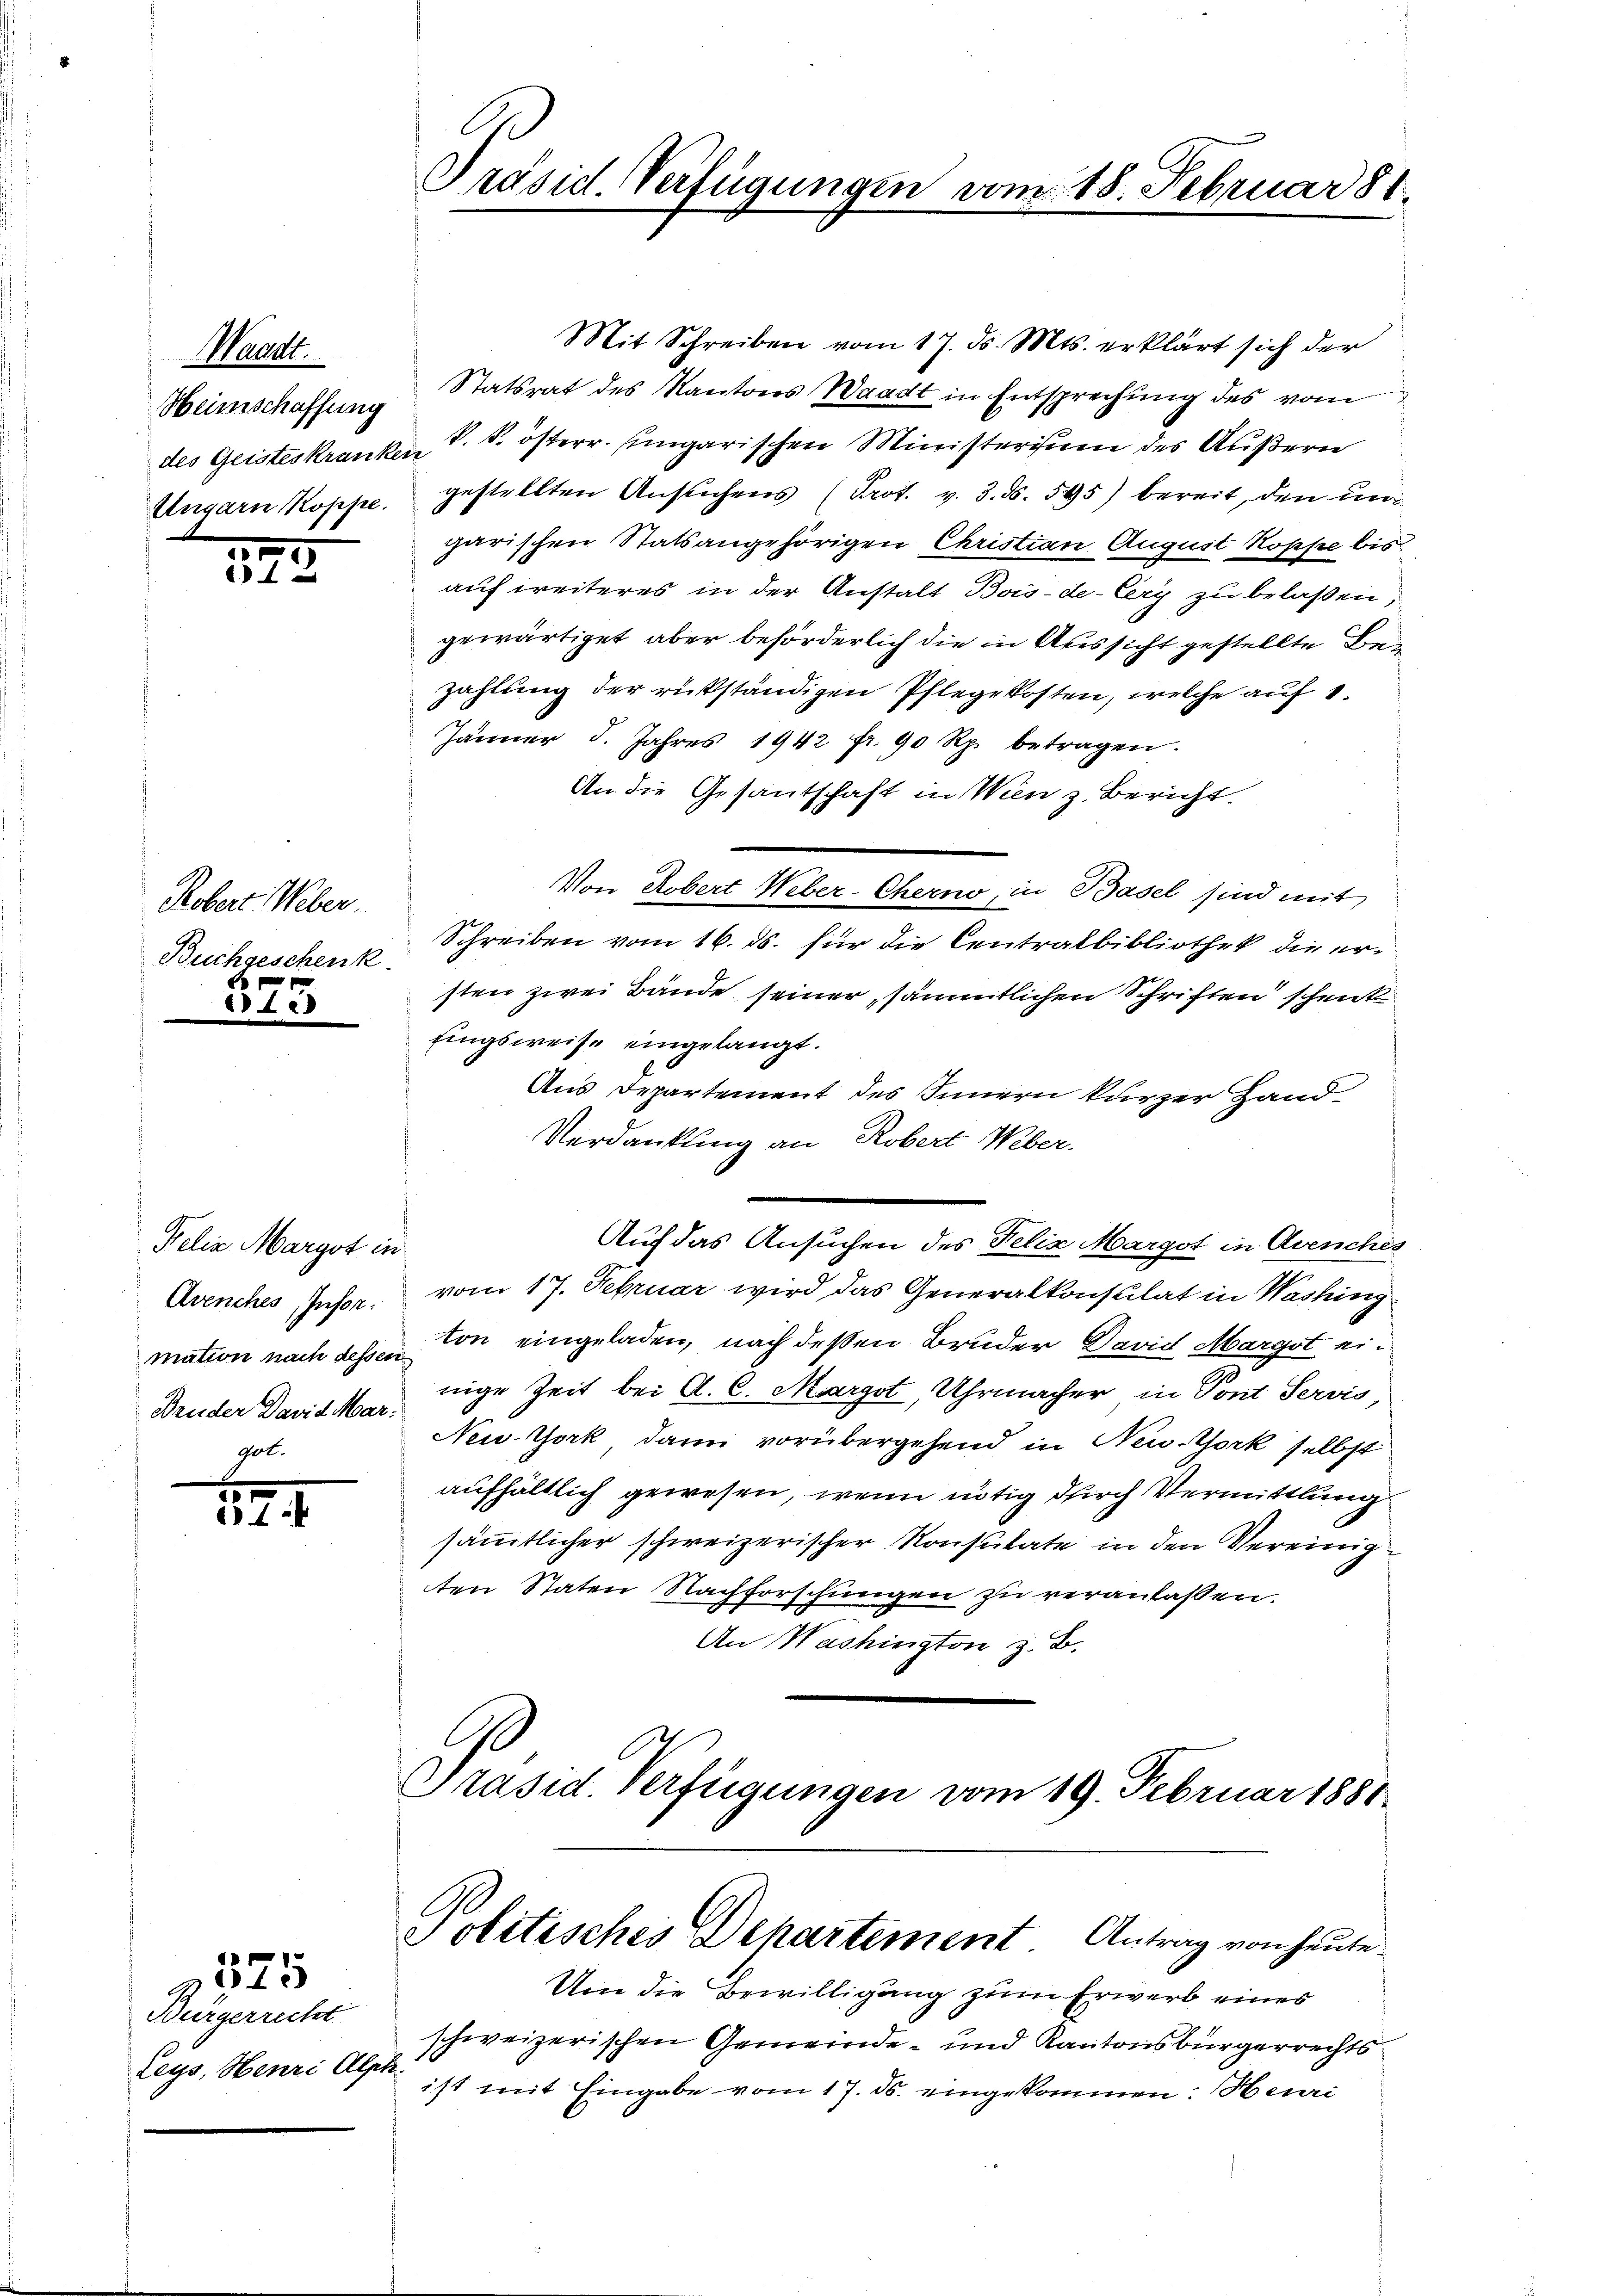
Waadt.
Ungarn Koppe

r
6

Robert Weber.
Buchgeschenk
f x

8

Felix Margot in
Bruder David Margel.

e
31

525

Bürgerrecht
Leys, Henri Alph.

Mit Schreiben vom 17. d. Mts. erklärt sich der
Heimschaffung Statsrat des Kantons Waadt in Entsprechung des vom
des Geisteskranken P. k. österr. Eingarischen Ministerium des Äußern
gestellten Ansuchens (Prot. v. 3. §. 595) bereit, den ungarischen Statsangehörigen Christian August Koppe bis
auf weiteres in der Anstalt Bois-de-Cery zu belaßen,
gewärtiget aber beförderlich die in Aussicht gestellte Bezahlung der rükständigen Pflegekosten, welche auf 1.
Jänner 5. Jahres 1942 fr. 90 Rp. betragen.
An die Gesantschaft in Wien z. Bericht.
Von Robert Weber-Cherno, in Basel sind mit
Schreiben vom 16. ds. für die Centralbibliothek die ersten zwei Bände seiner sämmtlichen Schriften schenk
fingsweise eingelangt.
Aus Departement des Innern kurzer Hand
Verdankling an Robert Weber.
Auf das Ansuchen des Felix Margot in Avenches
Avenches Instr. vom 17. Februar wird das Generalkonsulat in Washing
mation nach dessen von eingeladen, nach deßen Bruder David Margot einige Zeit bei A. C. Margot, Uhrmacher, in Pont Servis,
New-York dann vorübergehend in New-York selbst
aufhältlich gewesen, wenn nötig durch Vermittlung
sämmtlicher schweizerischer Konsulate in den Vereinig
ten Staten Nachforschungen zu veranlassen.
An Washington z. B.
.
Präsid. Verfügungen vom 19. Februar 1881

Präsid. Verfügungen vom 18. Februar 81.

Politisches Departement Antrag von heute.

Um die Bewilligung zum Erwerb eines
schweizerischen Gemeinde- und Kantonsbürgerrechts
ist mit Eingabe vom 17. ds. eingekommen: Heuri